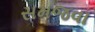
સમજવા